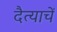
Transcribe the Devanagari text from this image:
दैत्याचें